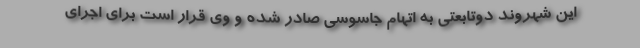
این شهروند دوتابعتی به اتهام جاسوسی صادر شده و وی قرار است برای اجرای